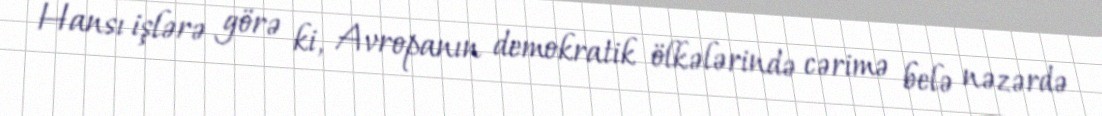
Hansı işlərə görə ki, Avropanın demokratik ölkələrində cərimə belə nəzərdə